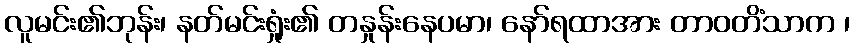
လူမင်း၏ဘုန်း၊ နတ်မင်းရှုံး၏ တနှုန်းနေပမာ၊ နော်ရထာအား တာဝတိံသာက ၊